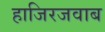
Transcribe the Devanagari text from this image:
हाजिरजवाब